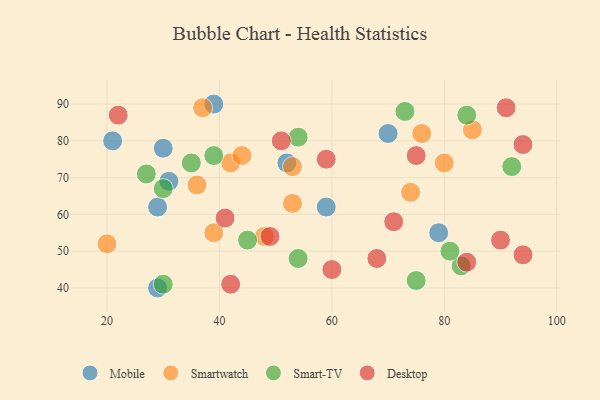
{"axis": {"x": "GDP", "y": "Life Expectancy"}, "legend": ["Desktop", "Mobile", "Smart-TV", "Smartwatch"], "data": [{"x": "21", "y": 80, "type": "Mobile"}, {"x": "52", "y": 74, "type": "Mobile"}, {"x": "39", "y": 90, "type": "Mobile"}, {"x": "59", "y": 62, "type": "Mobile"}, {"x": "30", "y": 78, "type": "Mobile"}, {"x": "29", "y": 62, "type": "Mobile"}, {"x": "70", "y": 82, "type": "Mobile"}, {"x": "79", "y": 55, "type": "Mobile"}, {"x": "31", "y": 69, "type": "Mobile"}, {"x": "29", "y": 40, "type": "Mobile"}, {"x": "42", "y": 74, "type": "Smartwatch"}, {"x": "85", "y": 83, "type": "Smartwatch"}, {"x": "53", "y": 63, "type": "Smartwatch"}, {"x": "53", "y": 73, "type": "Smartwatch"}, {"x": "74", "y": 66, "type": "Smartwatch"}, {"x": "37", "y": 89, "type": "Smartwatch"}, {"x": "39", "y": 55, "type": "Smartwatch"}, {"x": "76", "y": 82, "type": "Smartwatch"}, {"x": "80", "y": 74, "type": "Smartwatch"}, {"x": "48", "y": 54, "type": "Smartwatch"}, {"x": "36", "y": 68, "type": "Smartwatch"}, {"x": "44", "y": 76, "type": "Smartwatch"}, {"x": "20", "y": 52, "type": "Smartwatch"}, {"x": "73", "y": 88, "type": "Smart-TV"}, {"x": "35", "y": 74, "type": "Smart-TV"}, {"x": "30", "y": 67, "type": "Smart-TV"}, {"x": "54", "y": 81, "type": "Smart-TV"}, {"x": "83", "y": 46, "type": "Smart-TV"}, {"x": "75", "y": 42, "type": "Smart-TV"}, {"x": "84", "y": 87, "type": "Smart-TV"}, {"x": "30", "y": 41, "type": "Smart-TV"}, {"x": "81", "y": 50, "type": "Smart-TV"}, {"x": "92", "y": 73, "type": "Smart-TV"}, {"x": "27", "y": 71, "type": "Smart-TV"}, {"x": "54", "y": 48, "type": "Smart-TV"}, {"x": "45", "y": 53, "type": "Smart-TV"}, {"x": "39", "y": 76, "type": "Smart-TV"}, {"x": "41", "y": 59, "type": "Desktop"}, {"x": "71", "y": 58, "type": "Desktop"}, {"x": "91", "y": 89, "type": "Desktop"}, {"x": "60", "y": 45, "type": "Desktop"}, {"x": "84", "y": 47, "type": "Desktop"}, {"x": "68", "y": 48, "type": "Desktop"}, {"x": "42", "y": 41, "type": "Desktop"}, {"x": "94", "y": 79, "type": "Desktop"}, {"x": "75", "y": 76, "type": "Desktop"}, {"x": "90", "y": 53, "type": "Desktop"}, {"x": "94", "y": 49, "type": "Desktop"}, {"x": "59", "y": 75, "type": "Desktop"}, {"x": "51", "y": 80, "type": "Desktop"}, {"x": "22", "y": 87, "type": "Desktop"}, {"x": "49", "y": 54, "type": "Desktop"}]}